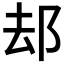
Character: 𨚫